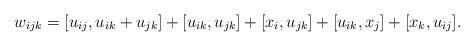
\begin{align*}w_{ijk}=[u_{ij},u_{ik}+u_{jk}]+[u_{ik},u_{jk}]+[x_i,u_{jk}]+[u_{ik},x_j]+[x_k,u_{ij}].\end{align*}